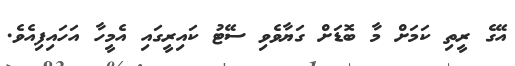
އޭގެ ރީތި ކަމަށް މާ ބޮޑަށް ގަޔާވެވި ސޭޓު ކައިރީގައި އެމީހާ އަހައިފިއެވެ.